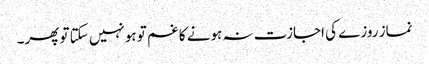
نماز روزے کی اجازت نہ ہونے کا غم تو ہونہیں سکتا تو پھر۔